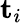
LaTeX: \mathbf{t}_{i}